Statistics compiled by the Government of India from the reports of provincial Civil Veterinary Departments
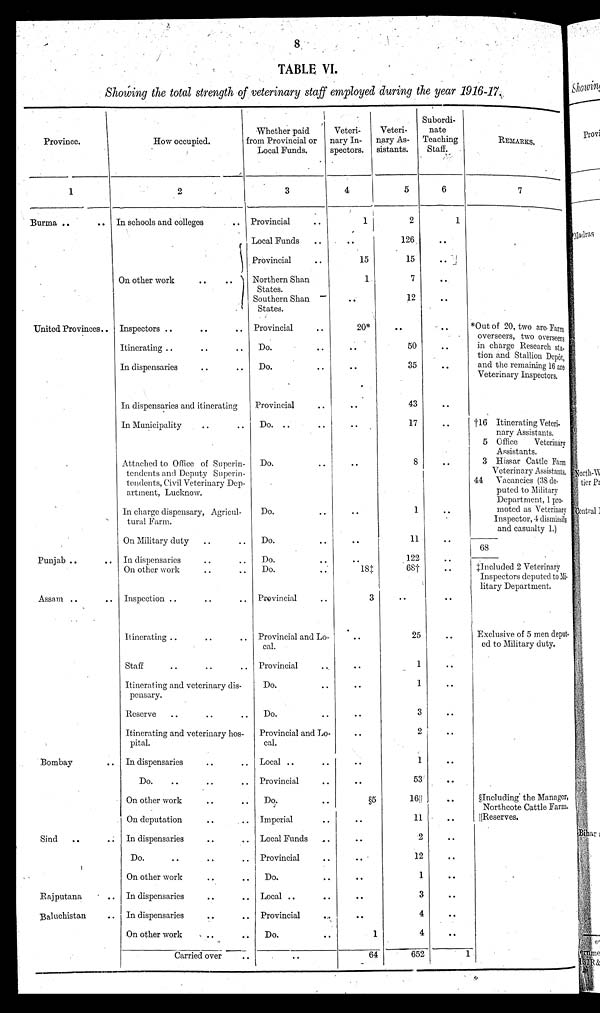
8
TABLE VI.
Showing the total strength of veterinary staff employed during the year 1916-17.
Province.
1
Burma ..
..
United Provinces ..
Punjab .. ..
Assam .. ..
Bombay ..
Sind
.. ..
Rajputana ..
Baluchistan ..
How occupied.
2
In schools and colleges ..
On other work .. ..
Inspectors .. .. ..
Itinerating .. .. ..
In dispensaries .. ..
In dispensaries and itinerating
In Municipality .. ..
Attached to Office of Superin-
tendents and Deputy Superin-
tendents, Civil Veterinary Dep-
artment, Lucknow.
In charge dispensary, Agricul-
tural Farm.
On Military duty .. ..
In dispensaries .. ..
On other work .. ..
Inspection .. .. ..
Itinerating .. .. ..
Staff .. .. ..
Itinerating and veterinary dis-
pensary.
Reserve .. .. ..
Itinerating and veterinary hos-
pital.
In dispensaries .. ..
Do .. .. ..
On other work .. ..
On deputation .. ..
In dispensaries
Do .. .. ..
On other work .. ..
In dispensaries .. ..
In dispensaries .. ..
On other work .. ..
Carried over
Whether paid
from Provincial or
Local Funds.
3
Provincial ..
Local Funds ..
Provincial ..
Northern Shan
States.
Southern Shan
States.
Provincial ..
Do. ..
Do. ..
Provincial ..
Do. .. ..
Do. ..
Do. ..
Do. ..
Do. ..
Do. ..
Provincial ..
Provincial and Lo-
cal.
Provincial ..
Do. ..
Do. ..
Provincial and Lo-
cal.
Local .. ..
Provincial ..
Do. ..
Imperial ..
Local Funds ..
Provincial ..
Do. ..
Local .. ..
Provincial ..
Do. ..
..
Veteri-
nary In-
spectors.
4
1
..
15
1
..
20*
..
..
..
..
..
..
..
..
18‡
3
..
..
..
..
..
..
..
§5
..
..
..
..
..
..
1
64
Veteri-
nary As-
sistants.
5
2
126
15
7
12
..
50
35
43
17
8
1
11
122
68†
..
25
1
1
3
2
1
53
16||
11
2
12
1
3
4
4
652
Subordi-
nate
Teaching
Staff.
6
1
..
..
..
..
..
..
..
..
..
..
..
..
..
..
..
..
..
..
..
..
..
..
..
..
..
..
..
..
..
..
..
1
REMARKS.
7
*Out of 20, two are Farm
overseers, two overseers
in charge Research sta-
tion and Stallion Depôt,
and the remaining 16 are
Veterinary Inspectors
†16 Itinerating Veteri-
nary Assistants.
5 Office
Veterinary
Assistants.
3 Hissar Cattle Farm
Veterinary Assistants.
44
Vacancies (38 de-
puted to Military
Department, 1 pro-
moted as Veterinary
Inspector, 4 dismissils
and casualty 1.)
68
‡Included 2 Veterinary
Inspectors deputed to Mi -
litary Department.
Exclusive of 5 men deput-
ed to Military duty.
§Including the Manager,
Northcote Cattle Farm.
||Reserves.